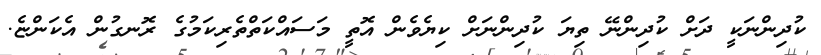
ކުދިންނަކީ ދަށް ކުދިންނޭ ތިޔަ ކުދިންނަށް ކިޔެވެން އޮތީ މަސައްކަތްތެރިކަމުގެ ރޮނގުން އެކަންޏެ.